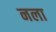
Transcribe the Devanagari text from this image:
नला